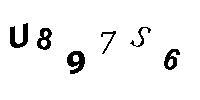
U897S6